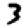
Digit: 3